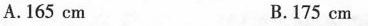
A.165cm B.175cm